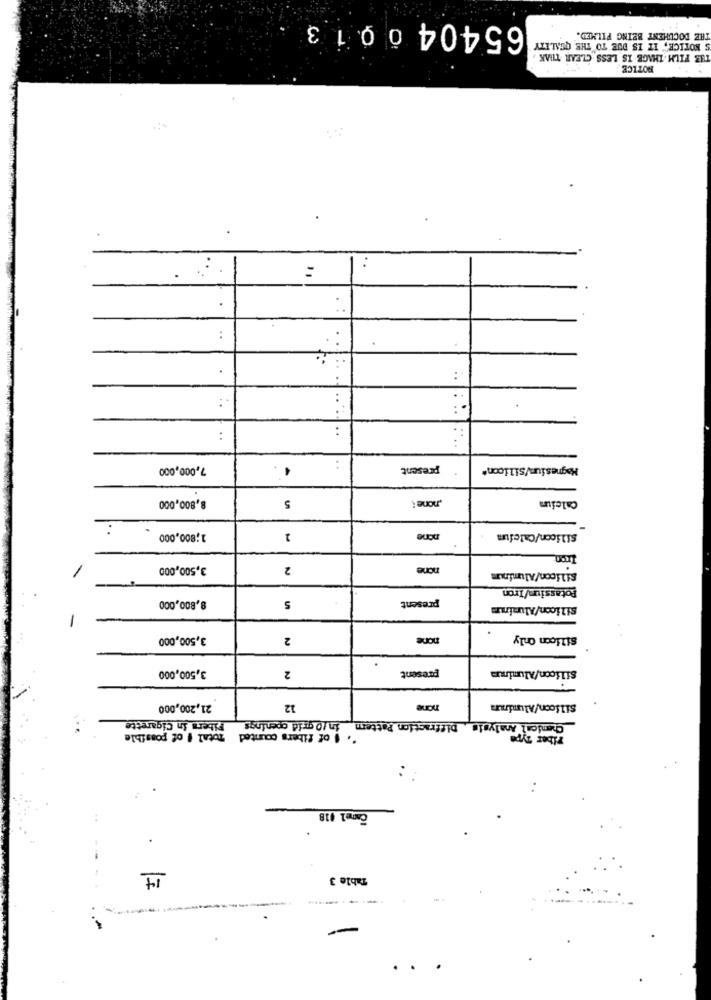
65404 0013
S NOTICE," IT IS DUE TO THE QUALITY
THE DOCUMENT BEING FILMED.
THE FILM THAGE IS LESS CLEAR THAK
NOTICE
..
..
7,000,000
present
Magnesiumysilicon*
-
8,800,000
.none
Calcium
5
1;800,000
2
none
Silicon/Calcium
tron
3,500,000
2
none
silicon/Aluminum
Potassium/Iron
8,800,000
5
present
Silicon/Aluminum
3,500,000
2
none
Silicon Only
3,500,000
present
Silicon/Aluminum
2
21,200,000
12
none
Silicon/Aluminuma
Fibers in Cigarette
Chemical Analysis Diffraction Pattern in /0 grid openings
Total # of possible
" I of fibers counted
Fiber Type
Camel 018
.
14
Table 3
-------